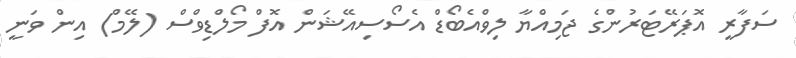
ސަފާރީ އޮޕަރޭޓަރުންގެ ޖަމިއްޔާ ލިވްއެބޯޑް އެސޯސިއޭޝަން އޮފް މޯލްޑިވްސް (ލޭމް) އިން ވަނީ